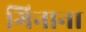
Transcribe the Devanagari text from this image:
गिनाना